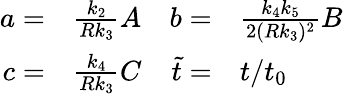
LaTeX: \begin{array}{rlrl}{a=}&{{}\frac{k_{2}}{Rk_{3}}A}&{b=}&{{}\frac{k_{4}k_{5}}{2(Rk_{3})^{2}}B}\\ {c=}&{{}\frac{k_{4}}{Rk_{3}}C}&{\tilde{t}=}&{{}t/t_{0}}\end{array}